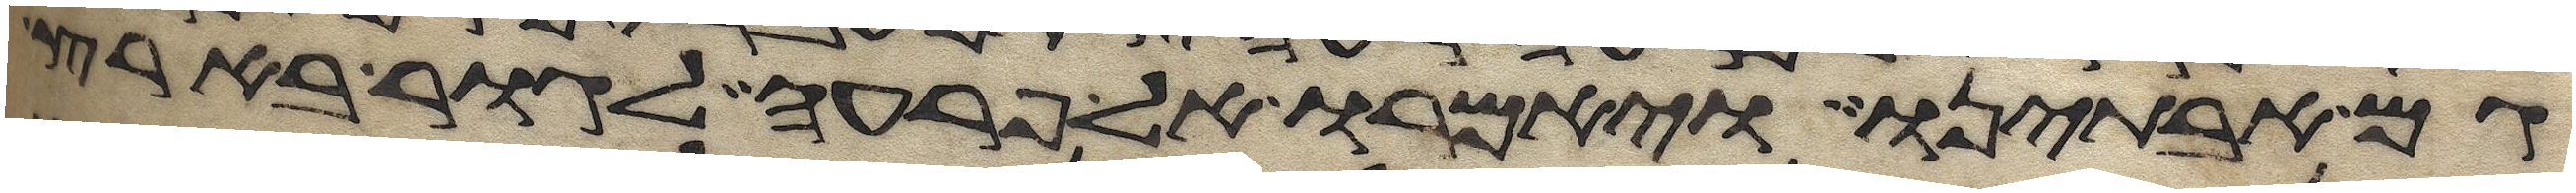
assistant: גם אבתינו ויאמרו אל פרעה לגור בארץ